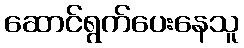
ဆောင်ရွက်ပေးနေသူ